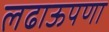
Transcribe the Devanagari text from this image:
लढाऊपणा